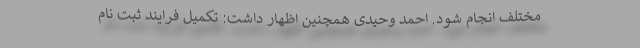
مختلف انجام شود. احمد وحیدی همچنین اظهار داشت: تکمیل فرایند ثبت نام